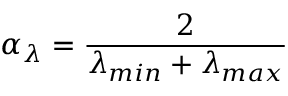
\alpha _ { \lambda } = \frac { 2 } { \lambda _ { m i n } + \lambda _ { m a x } }